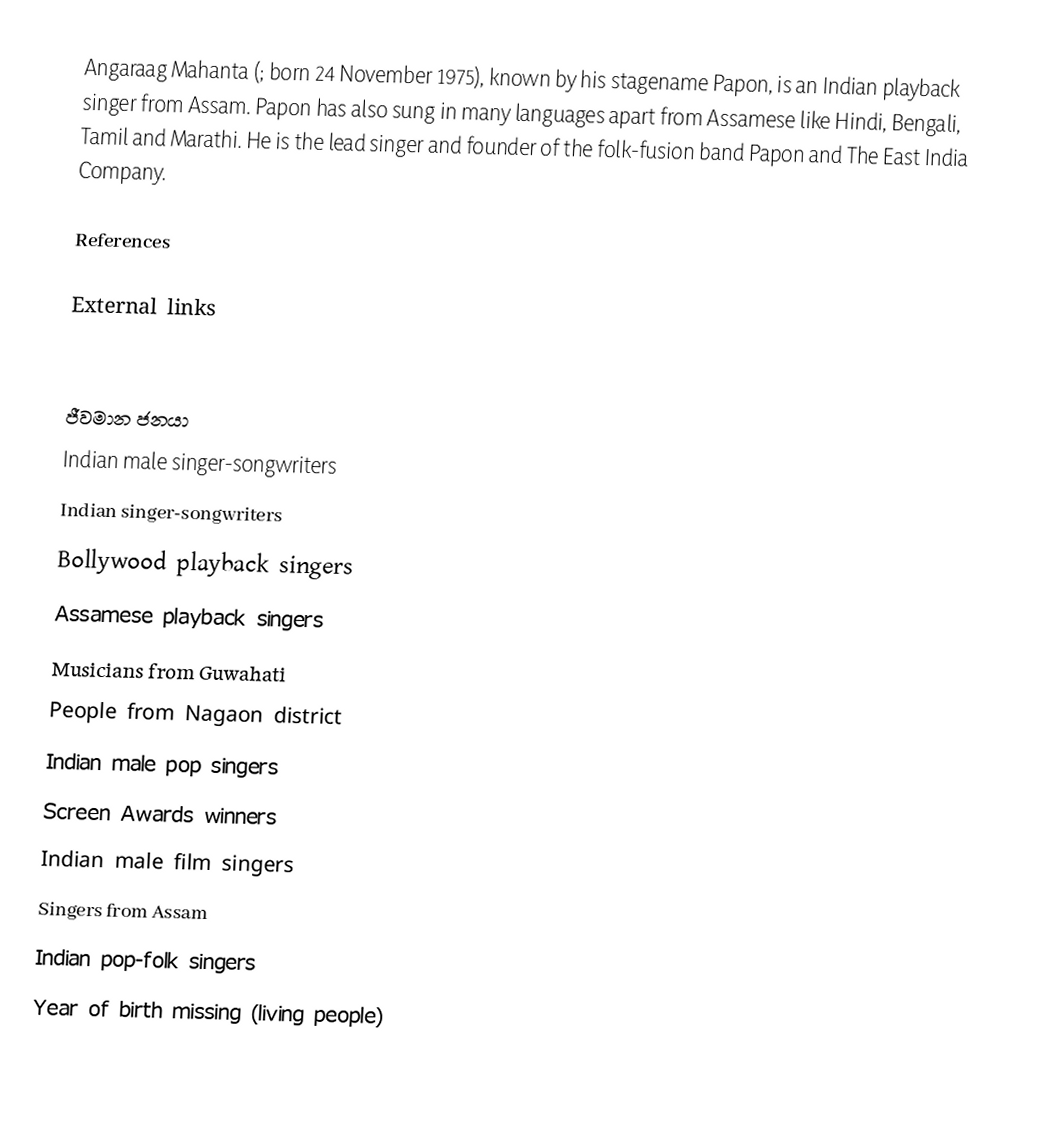
Angaraag Mahanta (; born 24 November 1975), known by his stagename Papon, is an Indian playback singer from Assam. Papon has also sung in many languages apart from Assamese like Hindi, Bengali, Tamil and Marathi. He is the lead singer and founder of the folk-fusion band Papon and The East India Company.

References

External links

ජීවමාන ජනයා
Indian male singer-songwriters
Indian singer-songwriters
Bollywood playback singers
Assamese playback singers
Musicians from Guwahati
People from Nagaon district
Indian male pop singers
Screen Awards winners
Indian male film singers
Singers from Assam
Indian pop-folk singers
Year of birth missing (living people)